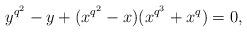
LaTeX: \begin{align*}y^{q^2}-y+(x^{q^2}-x)(x^{q^3}+x^q)=0,\end{align*}